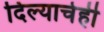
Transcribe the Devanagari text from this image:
दिल्याचेही